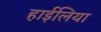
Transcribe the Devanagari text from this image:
हाईलिया